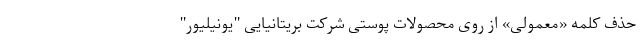
حذف کلمه «معمولی» از روی محصولات پوستی شرکت بریتانیایی "یونیلیور"